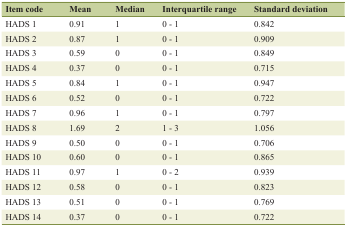
<table><thead><tr><td><b>Item code</b></td><td><b>Mean</b></td><td><b>Median</b></td><td><b>Interquartile range</b></td><td><b>Standard deviation</b></td></tr></thead><tbody><tr><td>HADS 1</td><td>0.91</td><td>1</td><td>0 - 1</td><td>0.842</td></tr><tr><td>HADS 2</td><td>0.87</td><td>1</td><td>0 - 1</td><td>0.909</td></tr><tr><td>HADS 3</td><td>0.59</td><td>0</td><td>0 - 1</td><td>0.849</td></tr><tr><td>HADS 4</td><td>0.37</td><td>0</td><td>0 - 1</td><td>0.715</td></tr><tr><td>HADS 5</td><td>0.84</td><td>1</td><td>0 - 1</td><td>0.947</td></tr><tr><td>HADS 6</td><td>0.52</td><td>0</td><td>0 - 1</td><td>0.722</td></tr><tr><td>HADS 7</td><td>0.96</td><td>1</td><td>0 - 1</td><td>0.797</td></tr><tr><td>HADS 8</td><td>1.69</td><td>2</td><td>1 - 3</td><td>1.056</td></tr><tr><td>HADS 9</td><td>0.50</td><td>0</td><td>0 - 1</td><td>0.706</td></tr><tr><td>HADS 10</td><td>0.60</td><td>0</td><td>0 - 1</td><td>0.865</td></tr><tr><td>HADS 11</td><td>0.97</td><td>1</td><td>0 - 2</td><td>0.939</td></tr><tr><td>HADS 12</td><td>0.58</td><td>0</td><td>0 - 1</td><td>0.823</td></tr><tr><td>HADS 13</td><td>0.51</td><td>0</td><td>0 - 1</td><td>0.769</td></tr><tr><td>HADS 14</td><td>0.37</td><td>0</td><td>0 - 1</td><td>0.722</td></tr></tbody></table>